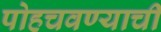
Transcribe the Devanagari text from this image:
पोहचवण्याची